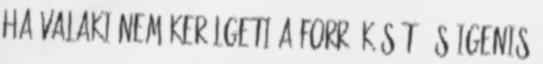
ha valaki nem kerülgeti a forró kását, és igenis